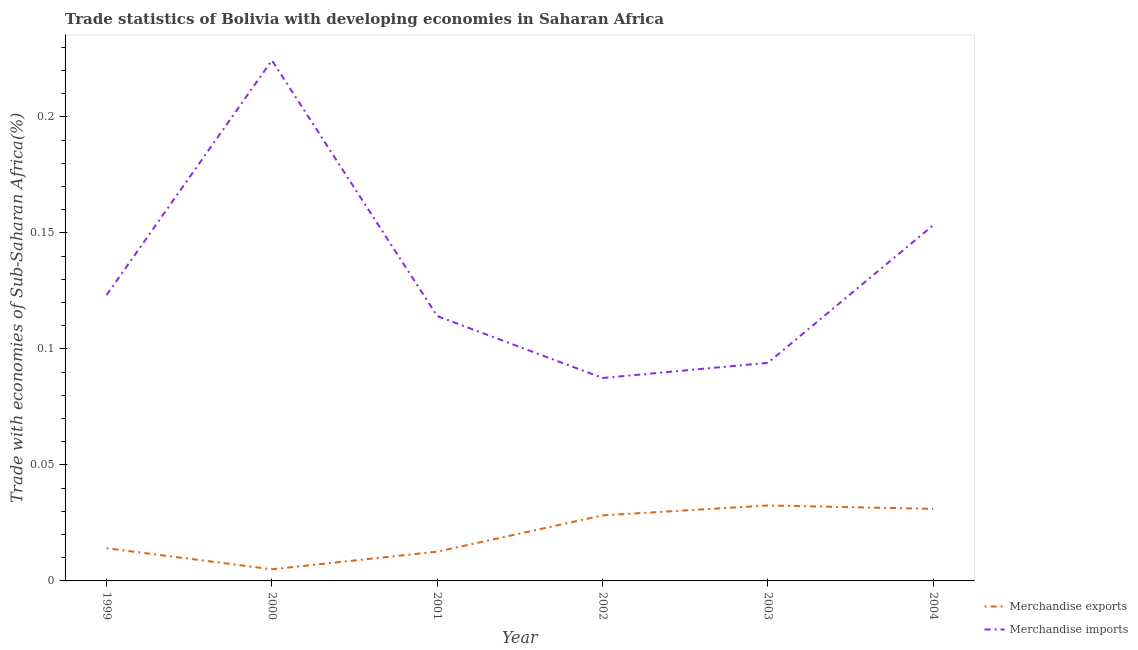
| Year | Merchandise exports | Merchandise imports |
 | --- | --- | --- |
 | 1999 | 0.0141 | 0.123 |
 | 2000 | 0.00502 | 0.224 |
 | 2001 | 0.0126 | 0.114 |
 | 2002 | 0.0282 | 0.0875 |
 | 2003 | 0.0325 | 0.094 |
 | 2004 | 0.0311 | 0.153 |